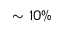
\sim 1 0 \%